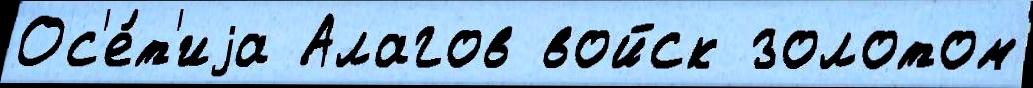
Ос'е́т'иjа Алагов войск золотом